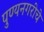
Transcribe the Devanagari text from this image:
पुण्यनगरीचे